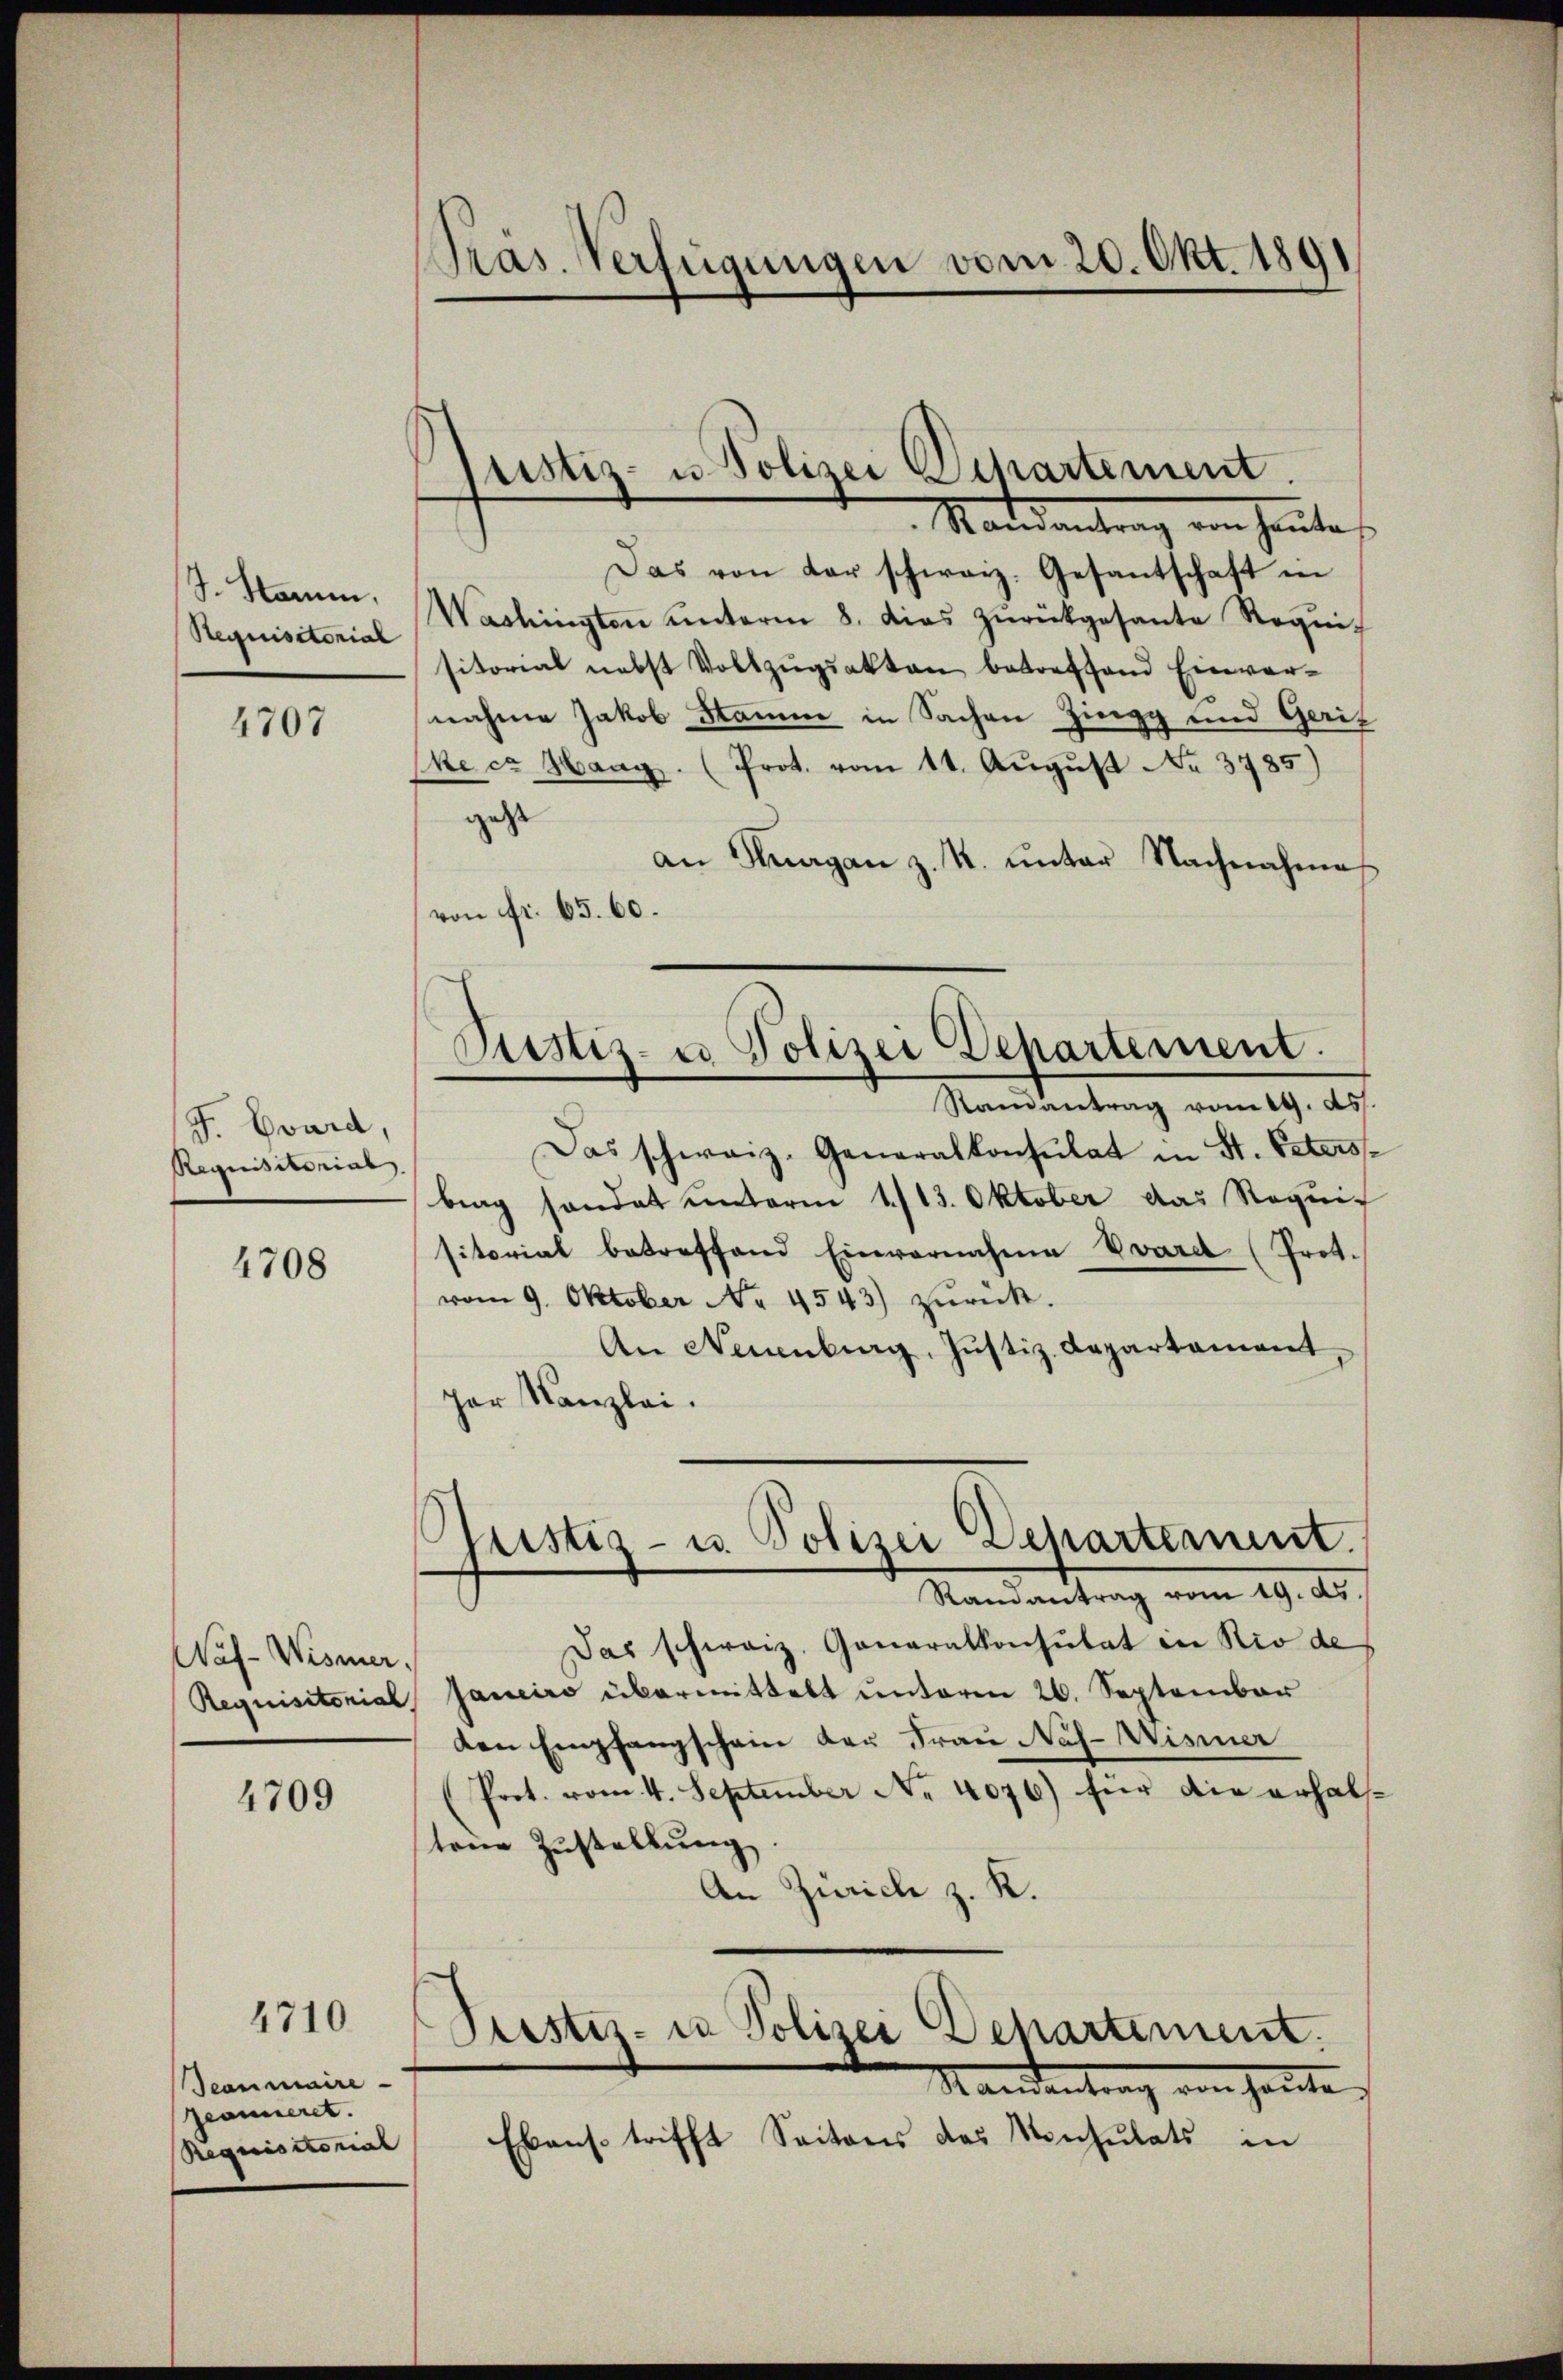
S. Stamm,
Requisitorial

4707

J. Evard,
Requisitorial

4708

Waf-Wismer,
Requisitorial

4709

4710.

Jeanmaire
Pronneret.
Requisitorial

PPräs. Verfügungen vom 20. Okt. 1891

Justiz- u. Polizei Departement.
Mandantrag von heute

Justiz- u Polizei Departement.
Samantrag vom 14. ds.

Das von der schweiz. Gesantschaft in
Washingten ŭnterm 8. dies zŭrückgesante Requi
sitorial nebst Vollzŭgiakten betreffend Einver-
nahme Jakob Stamm in Sachen Zingg und Geric
ke ca Hang. (Prot. vom 11. August No 3785
geht
an Kurgan z. K. ŭnter Nachnahme
von Fr. 65. 60.
Das schweiz. Generalkonsulat in St. Petersbrag sonder unterm 1./13. Oktober das Requis
sitorial betreffend Einvernahme Vvard (Prot.
vom 9. Oktober No. 4543) zŭrück.
An Neuenburg, Justiz-Departement
par Kanzlei.
Gustiz- u. Polizei Departement.
Randantrag vom 29. ds.
Das schweiz. Generalkonsulat in Rio de
Janeiro übermittelt unterm 26. September
den Empfangschein der Frau Nas-Wisner
(Prot. vom 4. September Nr. 4076) für die erhalt
tene Zustellung
An Zürich z. K.
Pustiz- u Polizei Departement.
Mandantrag von heute
Ebenso trifft Saitons das Konsulats in